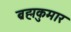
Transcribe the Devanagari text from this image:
ब्रह्मकुमार